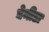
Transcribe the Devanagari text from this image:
डेनीडा